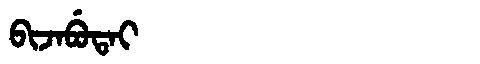
Manchu: ᠪᡳᠵᠠᠪᡠᡨᠠᡳ
Romanization: BIJABUTAI